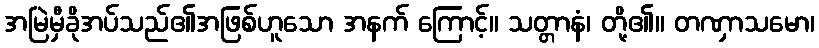
အမြဲမှီခိုအပ်သည်၏အဖြစ်ဟူသော အနက် ကြောင့်။ သတ္တာနံ၊ တို့၏။ တဏှာသမော၊